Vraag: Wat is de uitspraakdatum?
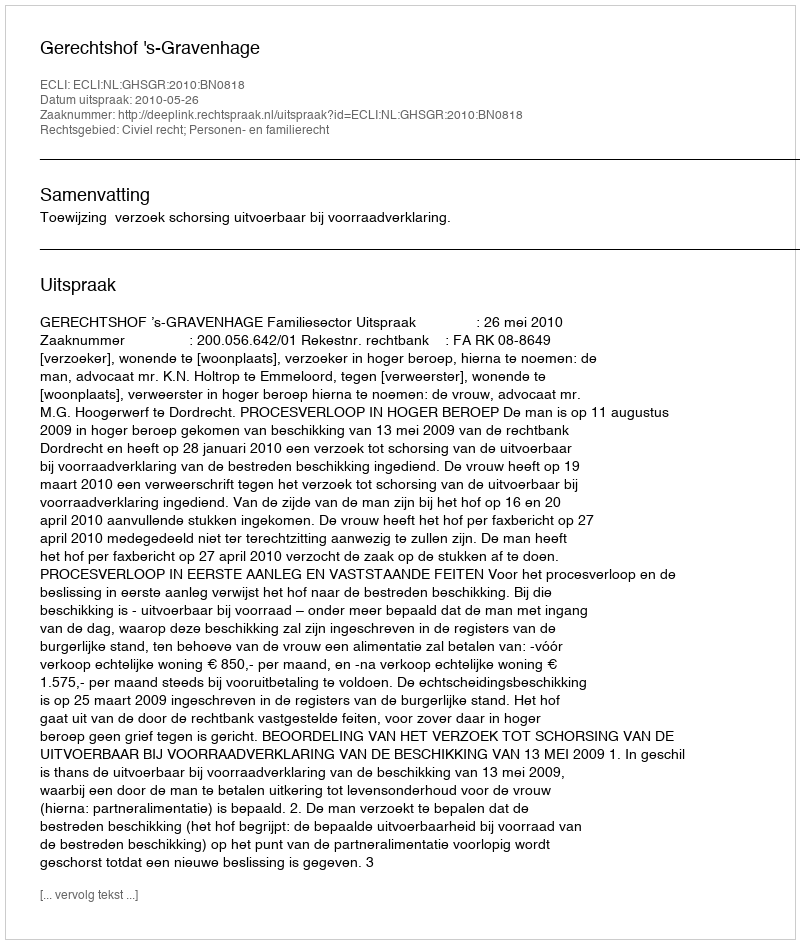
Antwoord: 2010-05-26